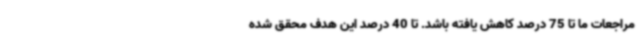
مراجعات ما تا 75 درصد کاهش یافته باشد. تا 40 درصد این هدف محقق شده